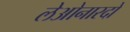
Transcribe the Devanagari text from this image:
लेओनारदो